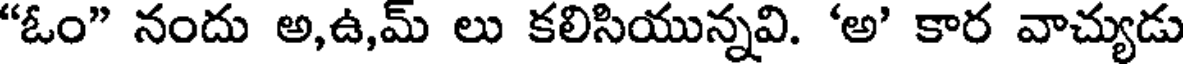
"ఓం" నందు అ,ఉ,మ్ లు కలిసియున్నవి. 'అ' కార వాచ్యుడు